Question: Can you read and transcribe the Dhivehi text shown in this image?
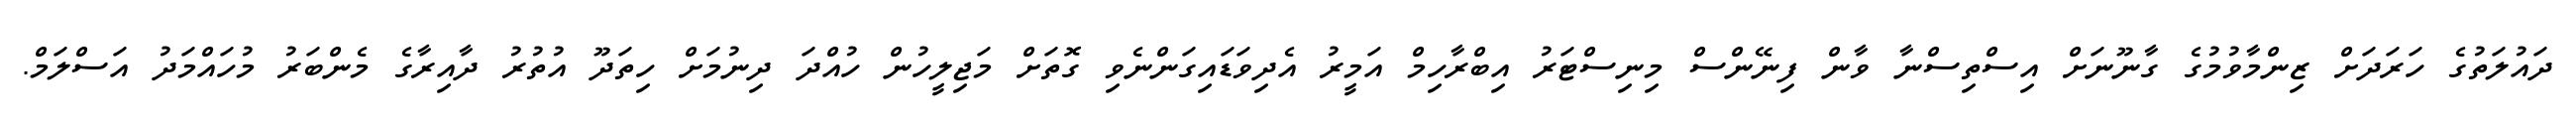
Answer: ދައުލަތުގެ ހަރަދަށް ޒިންމާވުމުގެ ގާނޫނަށް އިސްތިސްނާ ވާން ފިނޭންސް މިނިސްޓަރު އިބްރާހިމް އަމީރު އެދިވަޑައިގަންނެވި ގޮތަށް މަޖިލީހުން ހުއްދަ ދިނުމަށް ހިތަދޫ އުތުރު ދާއިރާގެ މެންބަރު މުހައްމަދު އަސްލަމް.